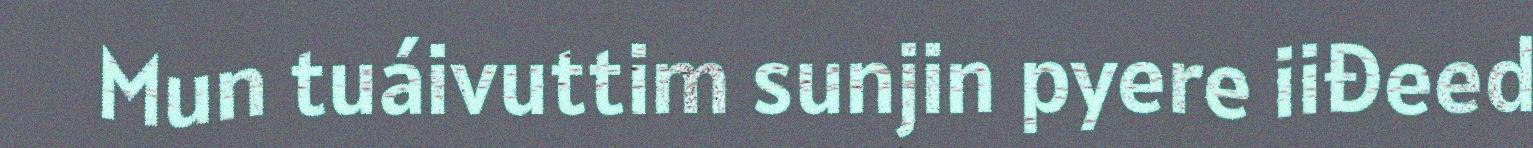
Mun tuáivuttim sunjin pyere iiđeed